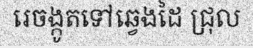
រេចង្កូតទៅឆ្វេងដៃ ជ្រុល